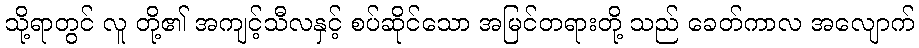
သို့ရာတွင် လူ တို့၏ အကျင့်သီလနှင့် စပ်ဆိုင်သော အမြင်တရားတို့ သည် ခေတ်ကာလ အလျောက်